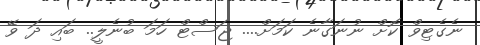
ނެގެޓިވް ކޮށް ނުނަގާނެ ކަމަށް.... ޖަސްޓް ހަމަ ބުނެލީ.. ބައި ދަ ވޭ